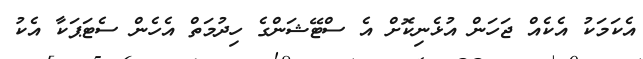
އެކަމަކު އެކެއް ޖަހަން އުޅެނިކޮށް އެ ސްޓޭޝަންގެ ހިދުމަތް އެހެން ސެޓަޕަކާ އެކު